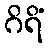
ဂိရိံ